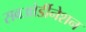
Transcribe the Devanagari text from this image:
सबओर्डीनेशन